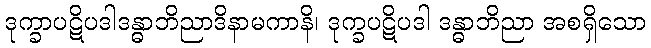
ဒုက္ခာပဋိပဒါဒန္ဓာဘိညာဒိနာမကာနိ၊ ဒုက္ခပဋိပဒါ ဒန္ဓာဘိညာ အစရှိသော